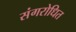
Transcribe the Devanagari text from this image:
संगरोधित